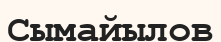
Сымайылов